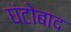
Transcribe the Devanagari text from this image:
घंटोबाद